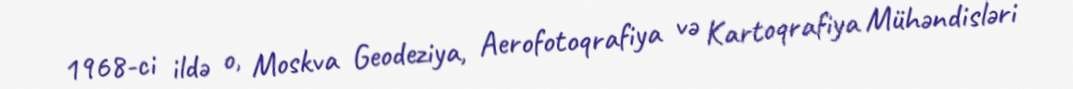
1968-ci ildə o, Moskva Geodeziya, Aerofotoqrafiya və Kartoqrafiya Mühəndisləri